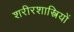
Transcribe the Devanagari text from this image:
शरीरशास्त्रियों